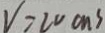
V = 2 0 c m ^ { 3 }